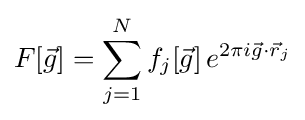
F[{\vec {g}}]=\sum _{j=1}^{N}f_{j}\!\left[{\vec {g}}\right]e^{2\pi i{\vec {g}}\cdot {\vec {r}}_{j}}